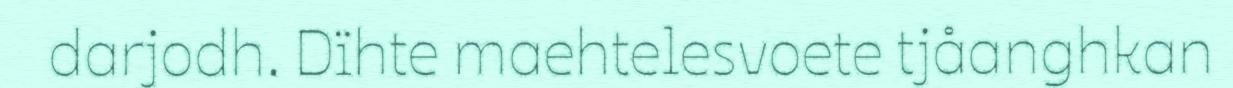
darjodh. Dïhte maehtelesvoete tjåanghkan